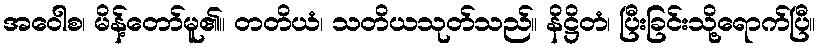
အဝေါစ၊ မိန့်တော်မူ၏။ တတိယံ၊ သတိယသုတ်သည်။ နိဋ္ဌိတံ၊ ပြီးခြင်းသို့ရောက်ပြီ။